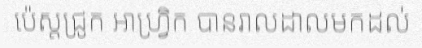
ប៉េស្តជ្រូក អាហ្វ្រិក បានរាលដាលមកដល់